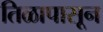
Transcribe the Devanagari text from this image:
तिळापासून